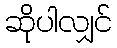
ဆိုပါလျှင်